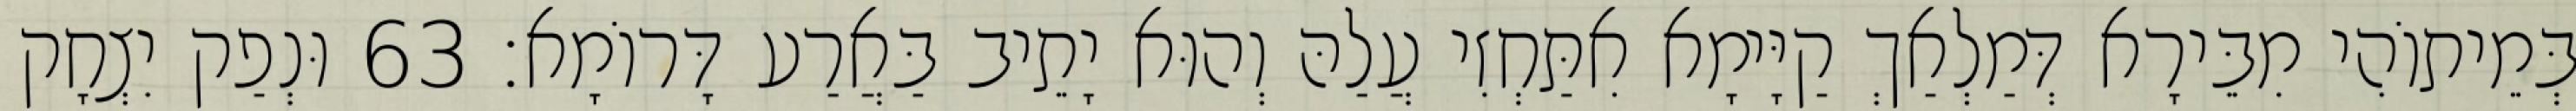
בְּמֵיתוֹהִי מִבֵּירָא דְּמַלְאַךְ קַיָּימָא אִתַּחְזִי עֲלַהּ וְהוּא יָתֵיב בַּאֲרַע דָּרוֹמָא׃ 63 וּנְפַק יִצְחָק